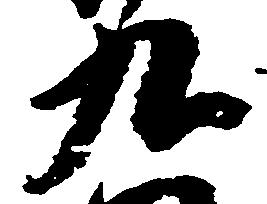
九